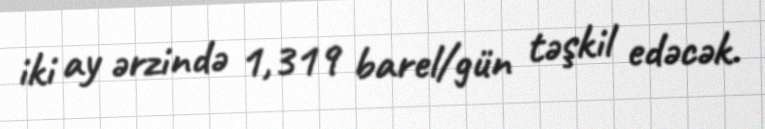
iki ay ərzində 1,319 barel/gün təşkil edəcək.